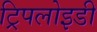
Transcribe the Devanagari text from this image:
ट्रिपलोइडी